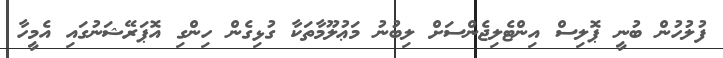
ފުލުހުން ބުނީ ޕޮލިސް އިންޓެލިޖެންސަށް ލިބުނު މަޢުލޫމާތަކާ ގުޅިގެން ހިންގި އޮޕަރޭޝަނުގައި އެމީހާ